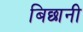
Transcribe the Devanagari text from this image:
बिछानी